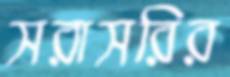
সরাসরির